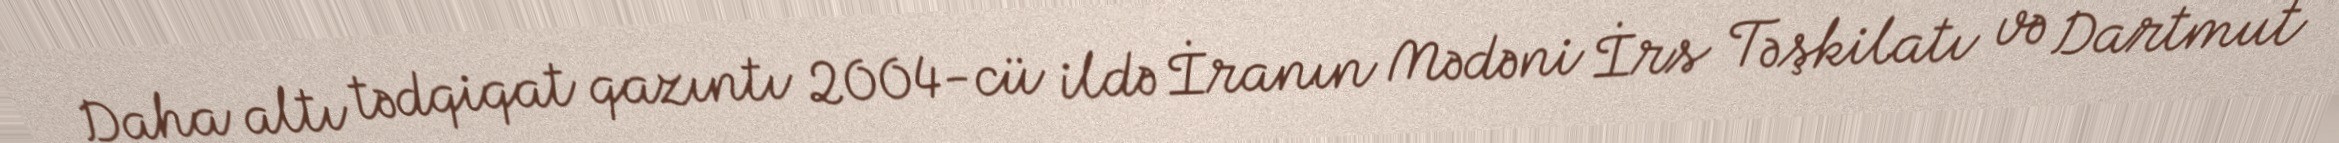
Daha altı tədqiqat qazıntı 2004-cü ildə İranın Mədəni İrs Təşkilatı və Dartmut